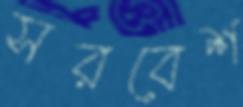
সরবেশ